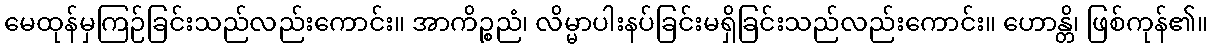
မေထုန်မှကြဉ်ခြင်းသည်လည်းကောင်း။ အာကိဉ္စညံ၊ လိမ္မာပါးနပ်ခြင်းမရှိခြင်းသည်လည်းကောင်း။ ဟောန္တိ၊ ဖြစ်ကုန်၏။